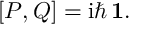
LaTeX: [ P , Q ] = \mathrm { i } \hbar \, { \bf 1 } .